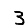
Digit: 3